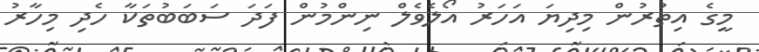
މީގެ އިތުރުން މިދިޔަ އަހަރު އޯލެވެލް ނިންމުން ފަދަ ސަބަބުތަކާ ހެދި މިހާރު